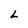
Character: L